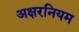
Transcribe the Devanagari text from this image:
अक्षरनियम